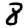
Digit: 8